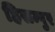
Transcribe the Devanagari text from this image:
हिसम्पुर